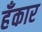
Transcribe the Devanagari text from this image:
हँकार